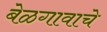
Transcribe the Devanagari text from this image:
बेळगावाचे